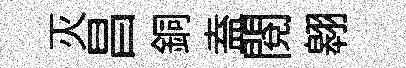
灭昌銅盍閲翱